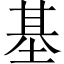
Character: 基